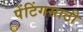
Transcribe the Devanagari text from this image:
पेंटिंगसाठी